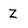
Character: z